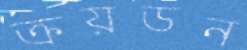
ক্রয়ডন